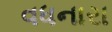
વધનારા